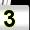
Digit: 3